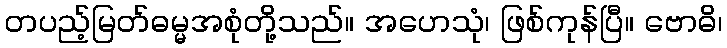
တပည့်မြတ်ဓမ္မအစုံတို့သည်။ အဟေသုံ၊ ဖြစ်ကုန်ပြီ။ ဗောဓိ၊